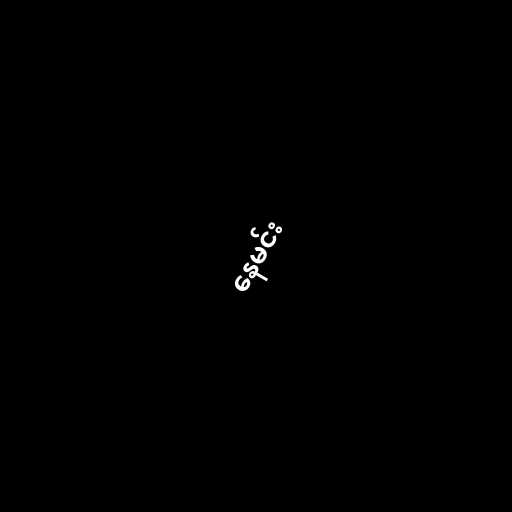
နေမင်း